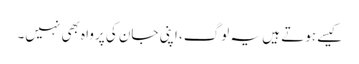
کیسے ہوتے ہیں یہ لوگ، اپنی جان کی پرواہ بھی نہیں۔